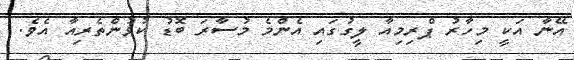
އޭނާ އަކީ މިހާރު ޕްރިމިއާ ލީގުގައި އެންމެ މުސާރަ ބޮޑު ކުޅުންތެރިއާ އެވެ.